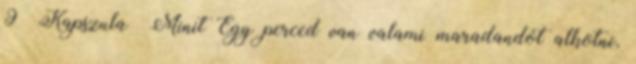
9 Kapszula Minit Egy perced van valami maradandót alkotni,